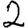
Digit: 2